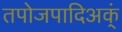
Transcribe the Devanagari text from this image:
तपोजपादिअक्ं